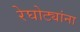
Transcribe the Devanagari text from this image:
रेघोट्यांना